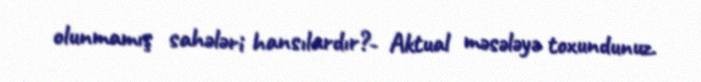
olunmamış sahələri hansılardır?- Aktual məsələyə toxundunuz.